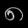
Digit: ၈